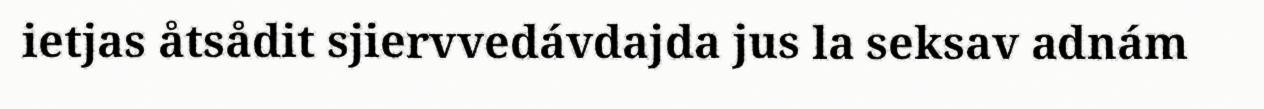
ietjas åtsådit sjiervvedávdajda jus la seksav adnám